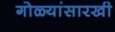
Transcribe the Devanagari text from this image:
गोळ्यांसारखी